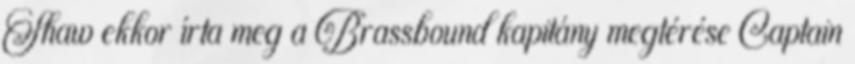
Shaw ekkor írta meg a Brassbound kapitány megtérése Captain